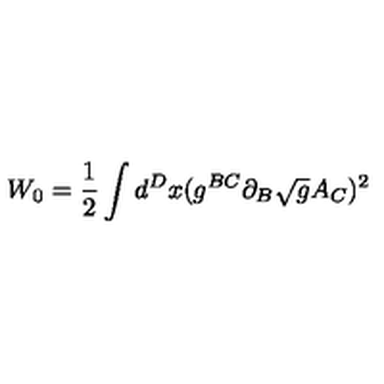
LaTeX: W _ { 0 } = \frac { 1 } { 2 } \int d ^ { D } x ( g ^ { B C } \partial _ { B } \sqrt { g } A _ { C } ) ^ { 2 }